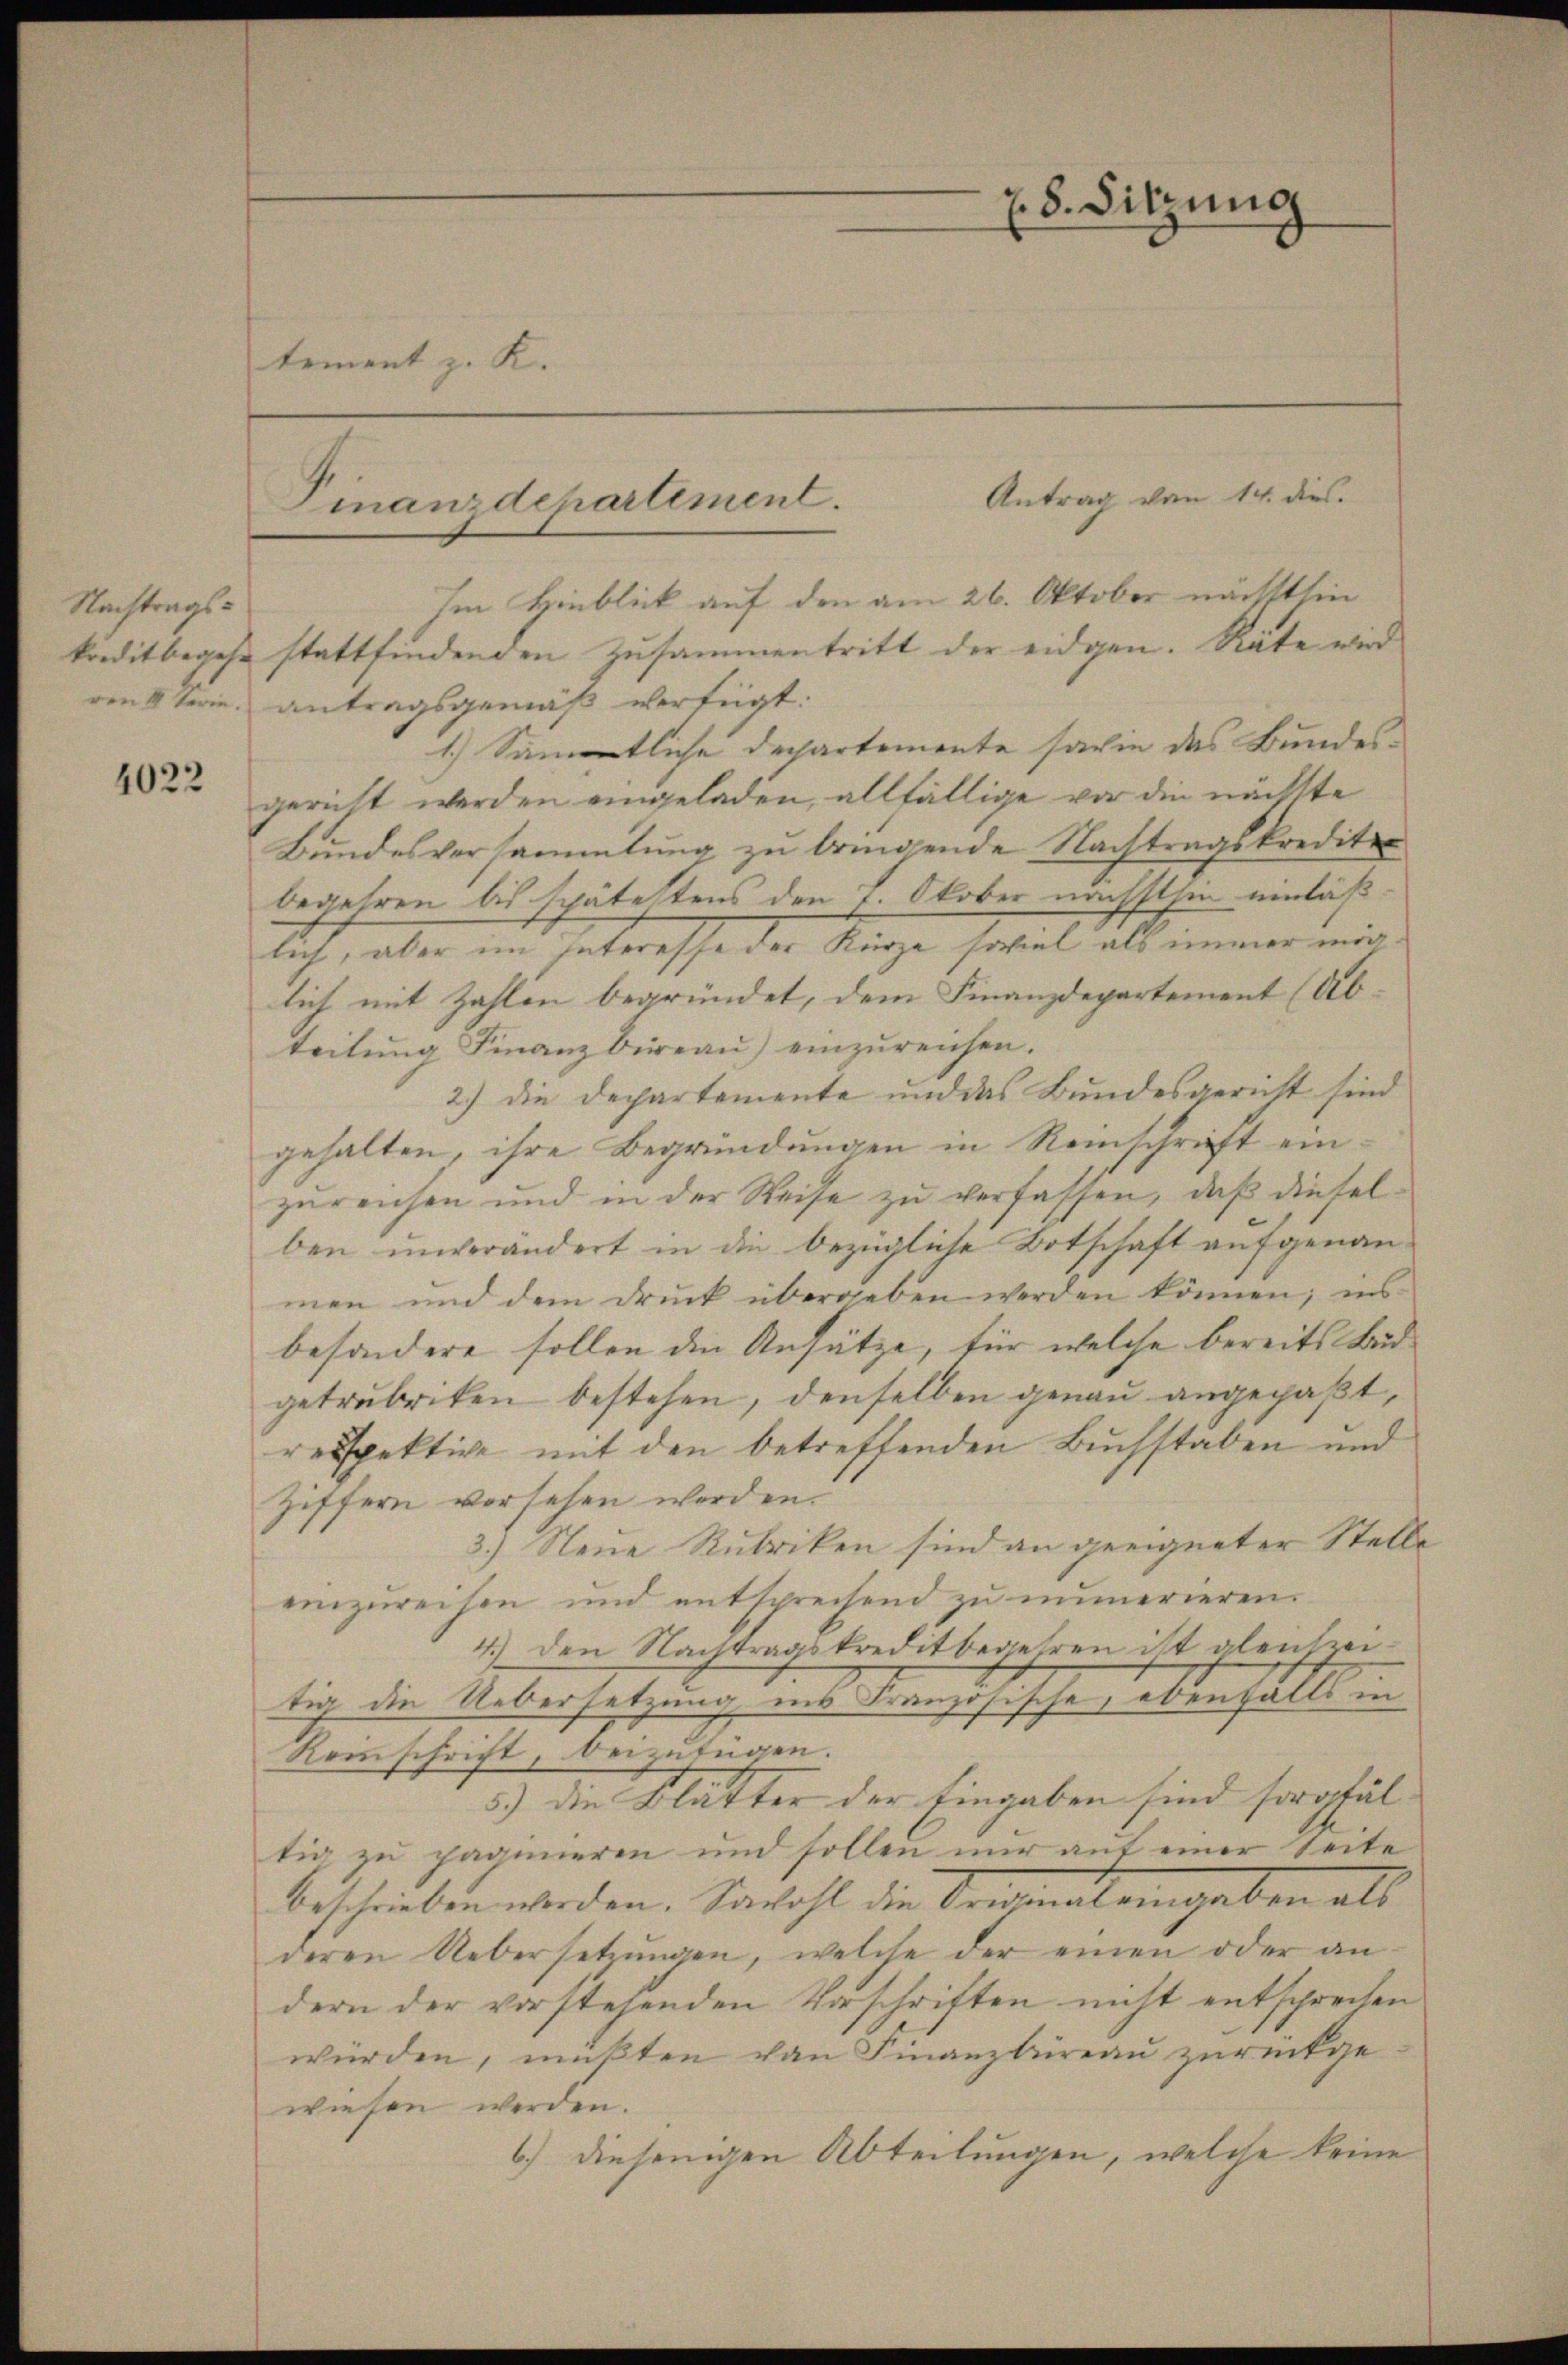
Nachtrags-

4022

s

tement z. K.

Finanzdepartement.
Im Hinblick auf den am 26. Oktober nächsthin

kreditbegehe stattfindenden Zusammentritt der eidgen. Räte wird
den 4terin antragsgemäß verfügt:
1.) Sämtliche Dechartemente sarie das Bundesgericht werden eingeladen, allfällige vor die nächste
Bundesversammlung zu bringende Nachtragskrediter
begehren bis spätestens den 7. Oktober nächsthin einläß
lich, aber im Interesse der Kürze soviel als immer möglich mit Zahlen begründet, dem Finanzdepartement (Abteilŭng Finanzbüreaŭ) einzŭreichen.
2.) Die Departemente und das Bundesgericht sind
gehalten, ihre Begründungen in Reinschrift ein-
zureichen und in der Weise zu verfassen, daß dieselben unverändert in die bezügliche Botschaft aufgenann-
men und dem drŭck übergeben werden können; ins
besondere sollen die Ansätze, für welche bereits Beidgetrubriken bestehen, denselben genau angepaßt,
respektive mit den betreffenden Buchstaben und
Ziffern vorsehen worden.
3.) Neue Rubriken sind an geeigneter Stelle
einzureisen und entsprechend zŭ immerieren.
4.) Den Nachtragskreditbegehren ist gleichzeitig die Uebersetzung ins Französische, ebenfalls in
Komschrift, beizufügen.
5.) Die Blätter der Eingaben sind sorgfältig zu paginieren und sollen nur auf einer Seite
beschrieben werden. Sowohl die Original eingaben als
deren Uebersetzungen, welche der einen oder an
dern der vorstehenden Vorschriften nicht entsprechen
würden, müßten von Finanzbüreau zurückgewiesen werden.
6.) diejenigen Abteilungen, welche keine

28. Sitzung

Antrag von 14. dies